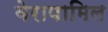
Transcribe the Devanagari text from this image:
वेरापामिल